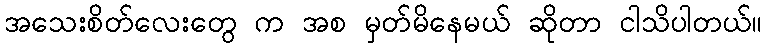
အသေးစိတ်လေးတွေ က အစ မှတ်မိနေမယ် ဆိုတာ ငါသိပါတယ်။